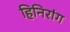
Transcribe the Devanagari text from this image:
हिनिरांग